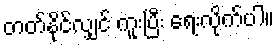
တတ်နိုင်လျှင် ကူးပြီး ရေးလိုက်ပါ။